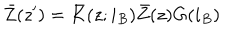
\bar { Z } ( z ^ { \prime } ) = \bar { K } ( z ; i _ { B } ) \bar { Z } ( z ) G ( i _ { B } )